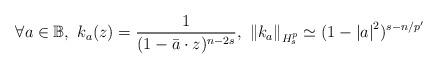
LaTeX: \begin{align*} \forall a\in {\mathbb{B}},\ k_{a}(z)=\frac{1}{(1-\bar a\cdot z)^{n-2s}},\ {\left\Vert{k_{a}}\right\Vert}_{H_{s}^{p}}\simeq (1-\left\vert{a}\right\vert ^{2})^{s-n/p'}\end{align*}